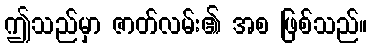
ဤသည်မှာ ဇာတ်လမ်း၏ အစ ဖြစ်သည်။